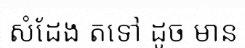
សំដែង តទៅ ដូច មាន